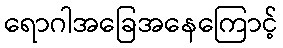
ရောဂါအခြေအနေကြောင့်